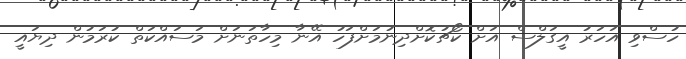
ހުސްވި އަހަރު އީގަލްސް އަށް ކޯޗުކޮށްދިނުމަށްފަހު އޭނާ މިހާތަނަށް މަސައްކަތް ކުރަމުން ދިޔައީ